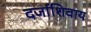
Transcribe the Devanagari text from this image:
दर्जाशिवाय